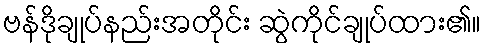
ဗန်ဒိုချုပ်နည်းအတိုင်း ဆွဲကိုင်ချုပ်ထား၏။